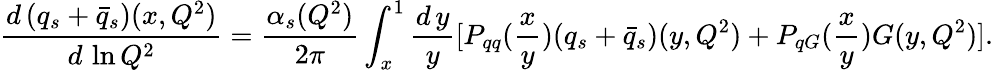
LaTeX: \frac{d\, (q_{s}+\bar{q}_{s})(x,Q^{2})}{d\, \ln Q^{2}}=\frac{\alpha_{s}(Q^{2})}{2\pi}\int_{x}^{1}\frac{d\, y}{y}[P_{qq}(\frac{x}{y})(q_{s}+\bar{q}_{s})(y,Q^{2})+P_{qG}(\frac{x}{y})G(y,Q^{2})].